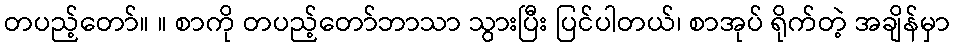
တပည့်တော်။ ။ စာကို တပည့်တော်ဘာသာ သွားပြီး ပြင်ပါတယ်၊ စာအုပ် ရိုက်တဲ့ အချိန်မှာ